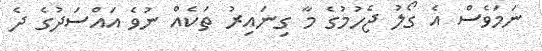
ނަމަވެސް އެ ގޯލު ޖެހުމުގެ މާ ގިނައިރު ތަކެއް ނުވެ އައްސަދުގެ ދެ